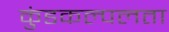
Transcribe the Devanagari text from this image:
कुंडकल्पलता